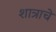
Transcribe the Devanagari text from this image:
शात्राचे